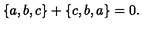
\{ a , b , c \} + \{ c , b , a \} = 0 .